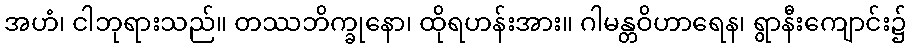
အဟံ၊ ငါဘုရားသည်။ တဿဘိက္ခုနော၊ ထိုရဟန်းအား။ ဂါမန္တဝိဟာရေန၊ ရွာနီးကျောင်း၌